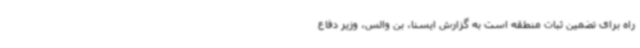
راه برای تضمین ثبات منطقه است به گزارش ایسنا، بن والس، وزیر دفاع